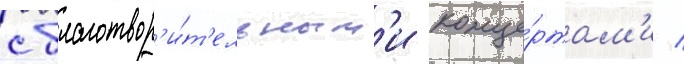
с благотвор'и́т'ельным'и конце́ртам'и /